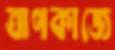
ত্রাণকাজে